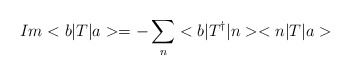
\begin{align*}Im <b|T|a> = - \sum \limits_{n} <b|T^{\dagger}|n> <n|T|a>\end{align*}